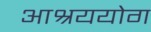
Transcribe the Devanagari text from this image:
आश्रययोग